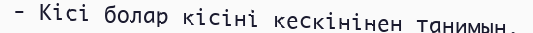
- Кісі болар кісіні кескінінен танимын,